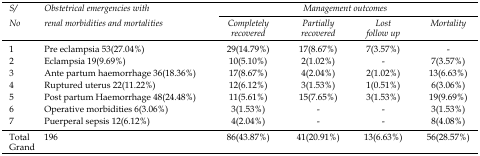
<table><thead><tr><td rowspan="3"><b><i>S/No</i></b></td><td rowspan="3"><b><i>Obstetrical emergencies with renal morbidities and mortalities</i></b></td><td colspan="4"><b><i>Management outcomes</i></b></td></tr><tr><td><b><i>Completely recovered</i></b></td><td><b><i>Partially recovered</i></b></td><td><b><i>Lost follow up</i></b></td><td><b><i>Mortality</i></b></td></tr></thead><tbody><tr><td>1</td><td>Pre eclampsia 53(27.04%)</td><td>29(14.79%)</td><td>17(8.67%)</td><td>7(3.57%)</td><td>-</td></tr><tr><td>2</td><td>Eclampsia 19(9.69%)</td><td>10(5.10%)</td><td>2(1.02%)</td><td>-</td><td>7(3.57%)</td></tr><tr><td>3</td><td>Ante partum haemorrhage 36(18.36%)</td><td>17(8.67%)</td><td>4(2.04%)</td><td>2(1.02%)</td><td>13(6.63%)</td></tr><tr><td>4</td><td>Ruptured uterus 22(11.22%)</td><td>12(6.12%)</td><td>3(1.53%)</td><td>1(0.51%)</td><td>6(3.06%)</td></tr><tr><td>5</td><td>Post partum Haemorrhage 48(24.48%)</td><td>11(5.61%)</td><td>15(7.65%)</td><td>3(1.53%)</td><td>19(9.69%)</td></tr><tr><td>6</td><td>Operative morbidities 6(3.06%)</td><td>3(1.53%)</td><td>-</td><td>-</td><td>3(1.53%)</td></tr><tr><td>7</td><td>Puerperal sepsis 12(6.12%)</td><td>4(2.04%)</td><td>-</td><td>-</td><td>8(4.08%)</td></tr><tr><td>Total Grand</td><td>196</td><td>86(43.87%)</td><td>41(20.91%)</td><td>13(6.63%)</td><td>56(28.57%)</td></tr></tbody></table>